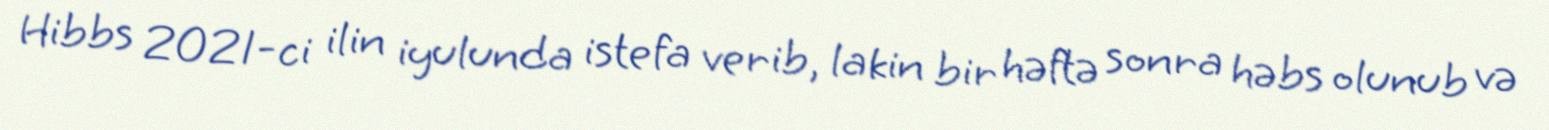
Hibbs 2021-ci ilin iyulunda istefa verib, lakin bir həftə sonra həbs olunub və